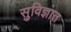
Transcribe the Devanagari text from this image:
सुविज्ञात